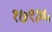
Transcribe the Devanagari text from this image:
१७९३५